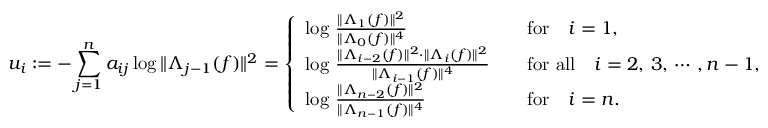
u _ { i } : = - \sum _ { j = 1 } ^ { n } a _ { i j } \log \| \Lambda _ { j - 1 } ( f ) \| ^ { 2 } = \left\{ \begin{array} { l l } { \log \, \frac { \| \Lambda _ { 1 } ( f ) \| ^ { 2 } } { \| \Lambda _ { 0 } ( f ) \| ^ { 4 } } \quad } & { \mathrm { f o r } \quad i = 1 , } \\ { \log \, \frac { \| \Lambda _ { i - 2 } ( f ) \| ^ { 2 } \cdot \| \Lambda _ { i } ( f ) \| ^ { 2 } } { \| \Lambda _ { i - 1 } ( f ) \| ^ { 4 } } \quad } & { \mathrm { f o r \, \, a l l } \quad i = 2 , \, 3 , \, \cdots \, , n - 1 , } \\ { \log \, \frac { \| \Lambda _ { n - 2 } ( f ) \| ^ { 2 } } { \| \Lambda _ { n - 1 } ( f ) \| ^ { 4 } } \quad } & { \mathrm { f o r } \quad i = n . } \end{array} \right.